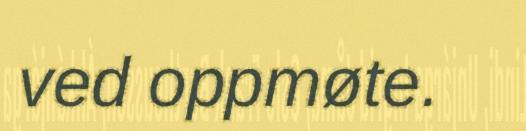
ved oppmøte.